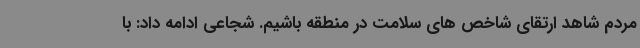
مردم شاهد ارتقای شاخص های سلامت در منطقه باشیم. شجاعی ادامه داد: با